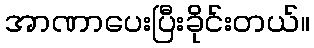
အာဏာပေးပြီးခိုင်းတယ်။